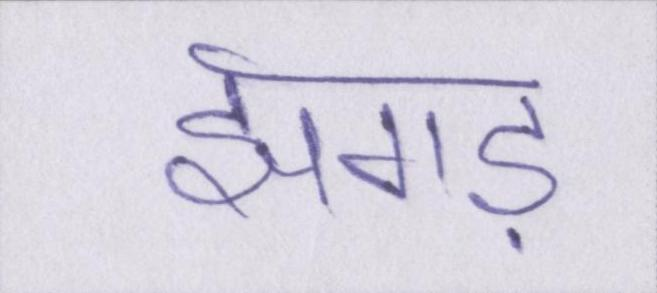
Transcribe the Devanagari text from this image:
झगड़